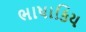
ભાષાકિય